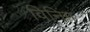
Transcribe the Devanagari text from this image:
विनिंग्